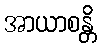
အာယာစန္တိ